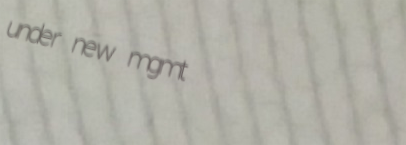
under new mgmt